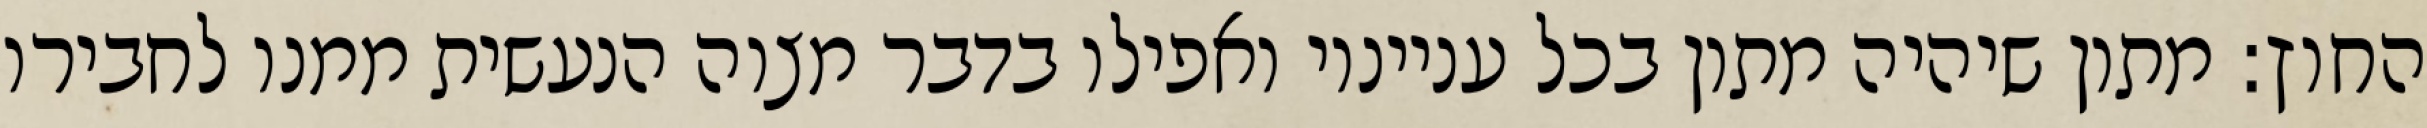
החוץ: מתון שיהיה מתון בכל ענייניו ואפילו בדבר מצוה הנעשית ממנו לחבירו